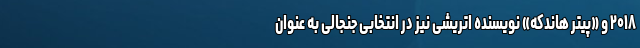
۲۰۱۸ و «پیتر هاندکه» نویسنده اتریشی نیز در انتخابی جنجالی به عنوان